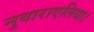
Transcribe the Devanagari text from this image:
नुवाराएलिया।